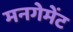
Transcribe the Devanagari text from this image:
मनगेमेंट